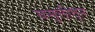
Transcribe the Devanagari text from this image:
वसूलीतून